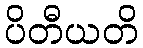
ပိတီယတိ